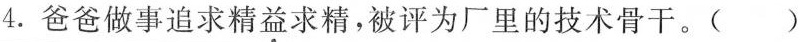
4.爸爸做事追求精益求精，被评为厂里的技术骨干。()